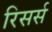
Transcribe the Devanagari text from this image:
रिसर्स